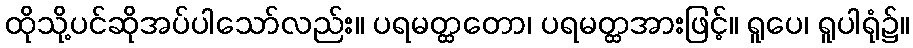
ထိုသို့ပင်ဆိုအပ်ပါသော်လည်း။ ပရမတ္ထတော၊ ပရမတ္ထအားဖြင့်။ ရူပေ၊ ရူပါရုံ၌။